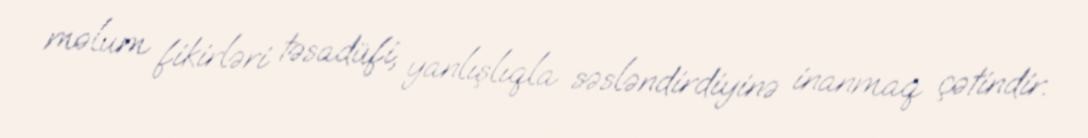
məlum fikirləri təsadüfi, yanlışlıqla səsləndirdiyinə inanmaq çətindir.